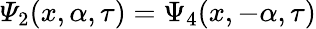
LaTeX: {\mathit\Psi_{2}(x,\alpha,\tau)=\Psi_{4}(x,-\alpha,\tau)}